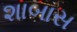
શાબાસ